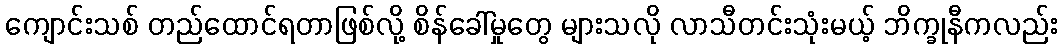
ကျောင်းသစ် တည်ထောင်ရတာဖြစ်လို့ စိန်ခေါ်မှုတွေ များသလို လာသီတင်းသုံးမယ့် ဘိက္ခုနီကလည်း